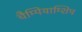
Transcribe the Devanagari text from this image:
चैम्पियाम्शिप